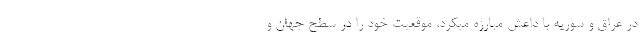
در عراق و سوریه با داعش مبارزه میکرد، موقعیت خود را در سطح جهان و